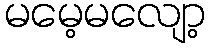
မမေ့မလျော့